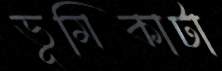
ভূমিকাটা